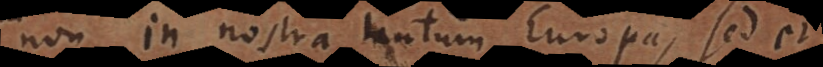
non in nostra tantum Europa, sed et